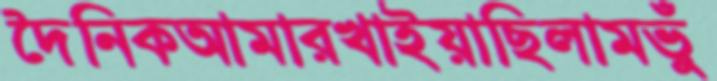
দৈনিকআমারখাইয়াছিলামভুঁ